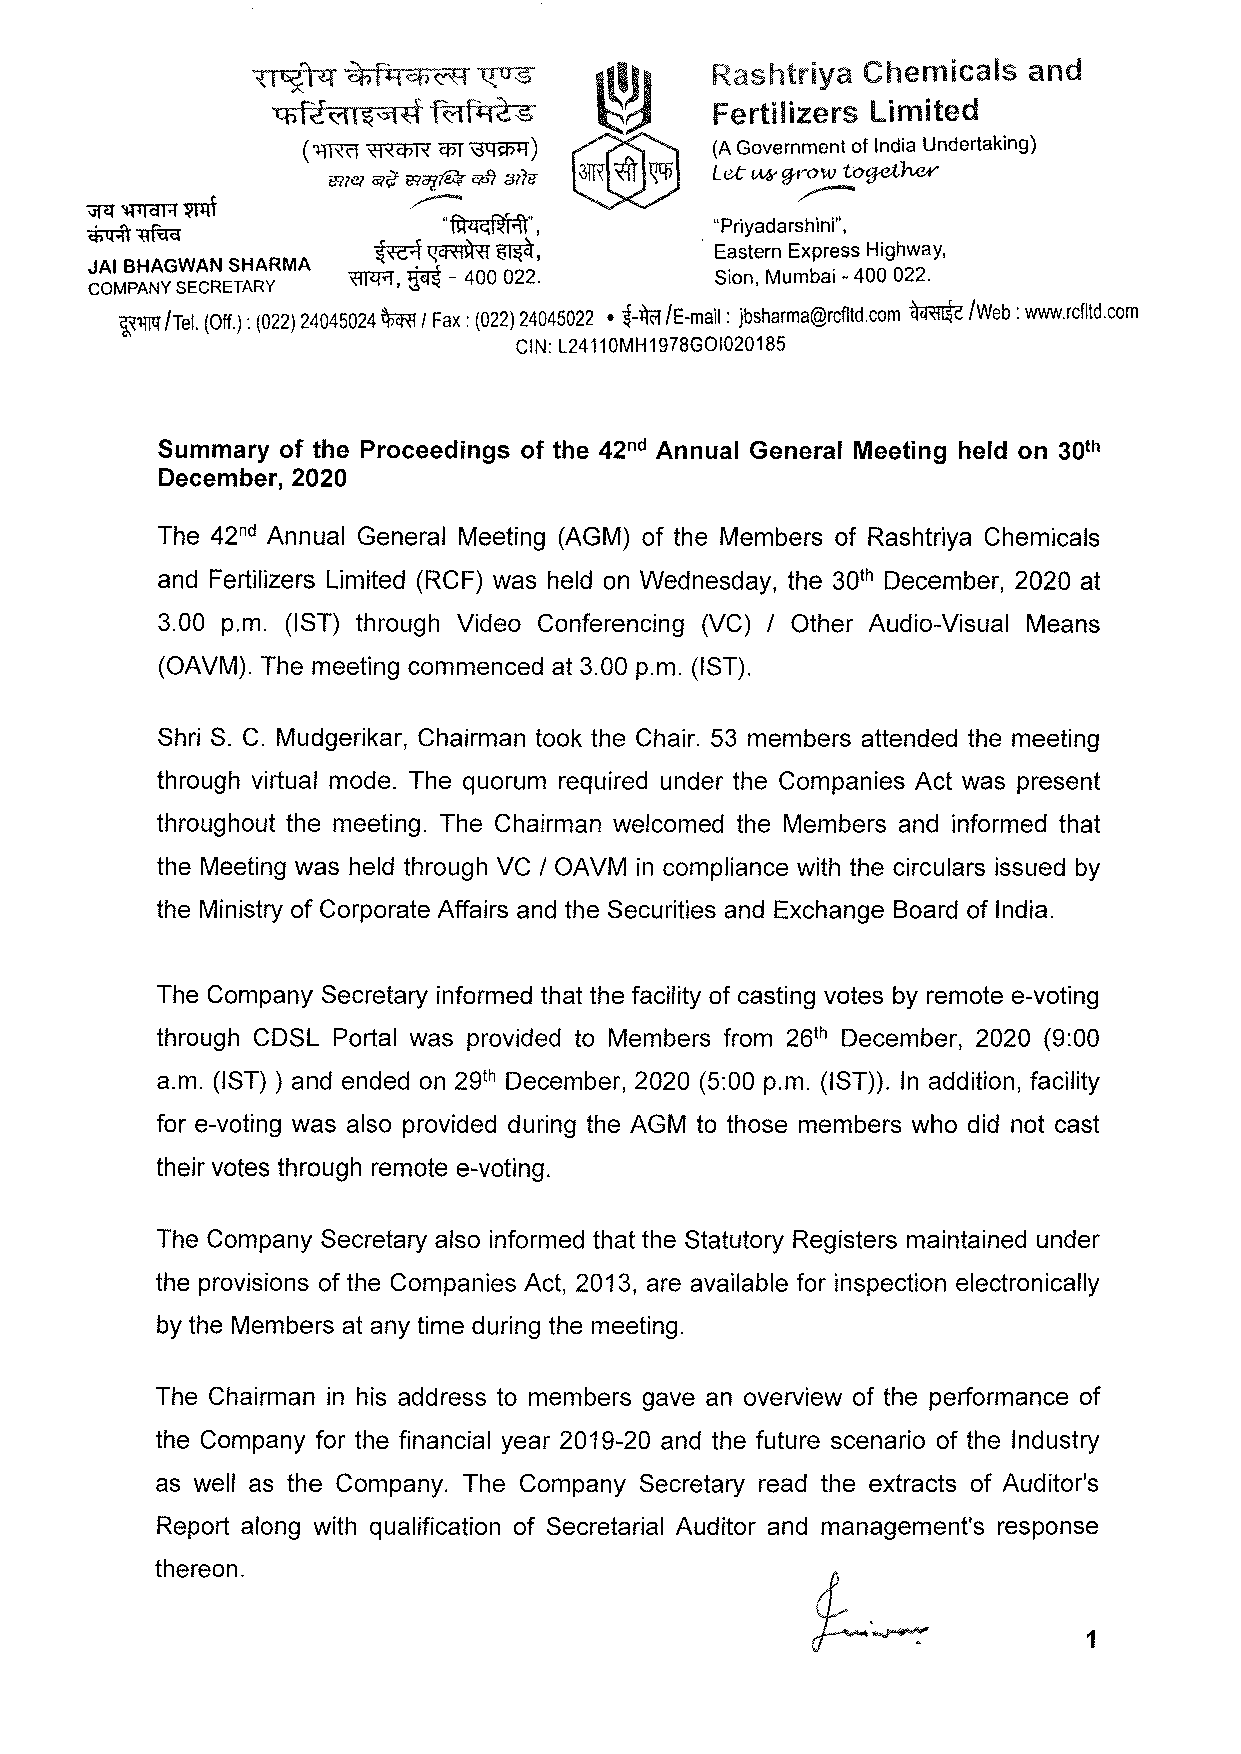
{l15?l;q ~ftpsf.~ ~               htriya Chemicals and
 lhfi<11~Z:s1« f<.1ft.t~>S    Fertilizers limited
 ( ~ +l-<¢1'< qJ"f ~)       (A Government of India Undertaking)
 Let' ~g,mw togcthe,v
 rR7<'ll 'i'flif rRcJi.~ cp'7 3778"
 ~
 ~wraR~               ~
 ~  ~                   "tnfi.l=tic;,.;-~ar1~=rr·, "Priyadarshini",
 ~  ~    ~            · Eastern Express Highway,
 JAi BHAGWAN SHARMA   -ir"rI.:~r.t - '
 COMPANY SECRETARY ~.     400 022.        Sion, Mumbai -400 022.
 m  /
 t-lffi
 ~'IIBl' /Tel. (Off.): (022) 24045024 Fax : (022) 24045022 • /E-mail: jbsharma@rcfltd.com ~/Web: www.rcfltd.com
 CIN: L24110MH1978GOI020185
 Summary of the Proceedings of the 42nd Annual General Meeting held on 30th
 December, 2020
 The 42nd Annual General Meeting (AGM) of the Members of Rashtriya Chemicals
 and Fertilizers Limited (RCF) was held on Wednesday, the 30th December, 2020 at
 3.00 p.m. (1ST) through Video Conferencing (VC) / Other Audio-Visual Means
 (OAVM). The meeting commenced at 3.00 p.m. (1ST).
 Shri S. C. Mudgerikar, Chairman took the Chair. 53 members attended the meeting
 through virtual mode. The quorum required under the Companies Act was present
 throughout the meeting. The Chairman welcomed the Members and informed that
 the Meeting was held through VC / OAVM in compliance with the circulars issued by
 the Ministry of Corporate Affairs and the Securities and Exchange Board of India.
 The Company Secretary informed that the facility of casting votes by remote e-voting
 through CDSL Portal was provided to Members from 25th December, 2020 (9:00
 a.m. (1ST) ) and ended on 29th December, 2020 (5:00 p.m. (IST)). In addition, facility
 for e-voting was also provided during the AGM to those members who did not cast
 their votes through remote e-voting.
 The Company Secretary also informed that the Statutory Registers maintained under
 the provisions of the Companies Act, 2013, are available for inspection electronically
 by the Members at any time during the meeting.
 The Chairman in his address to members gave an overview of the performance of
 the Company for the financial year 2019-20 and the future scenario of the Industry
 as well as the Company. The Company Secretary read the extracts of Auditor's
 Report along with qualification of Secretarial Auditor and management's response
 thereon.
 1